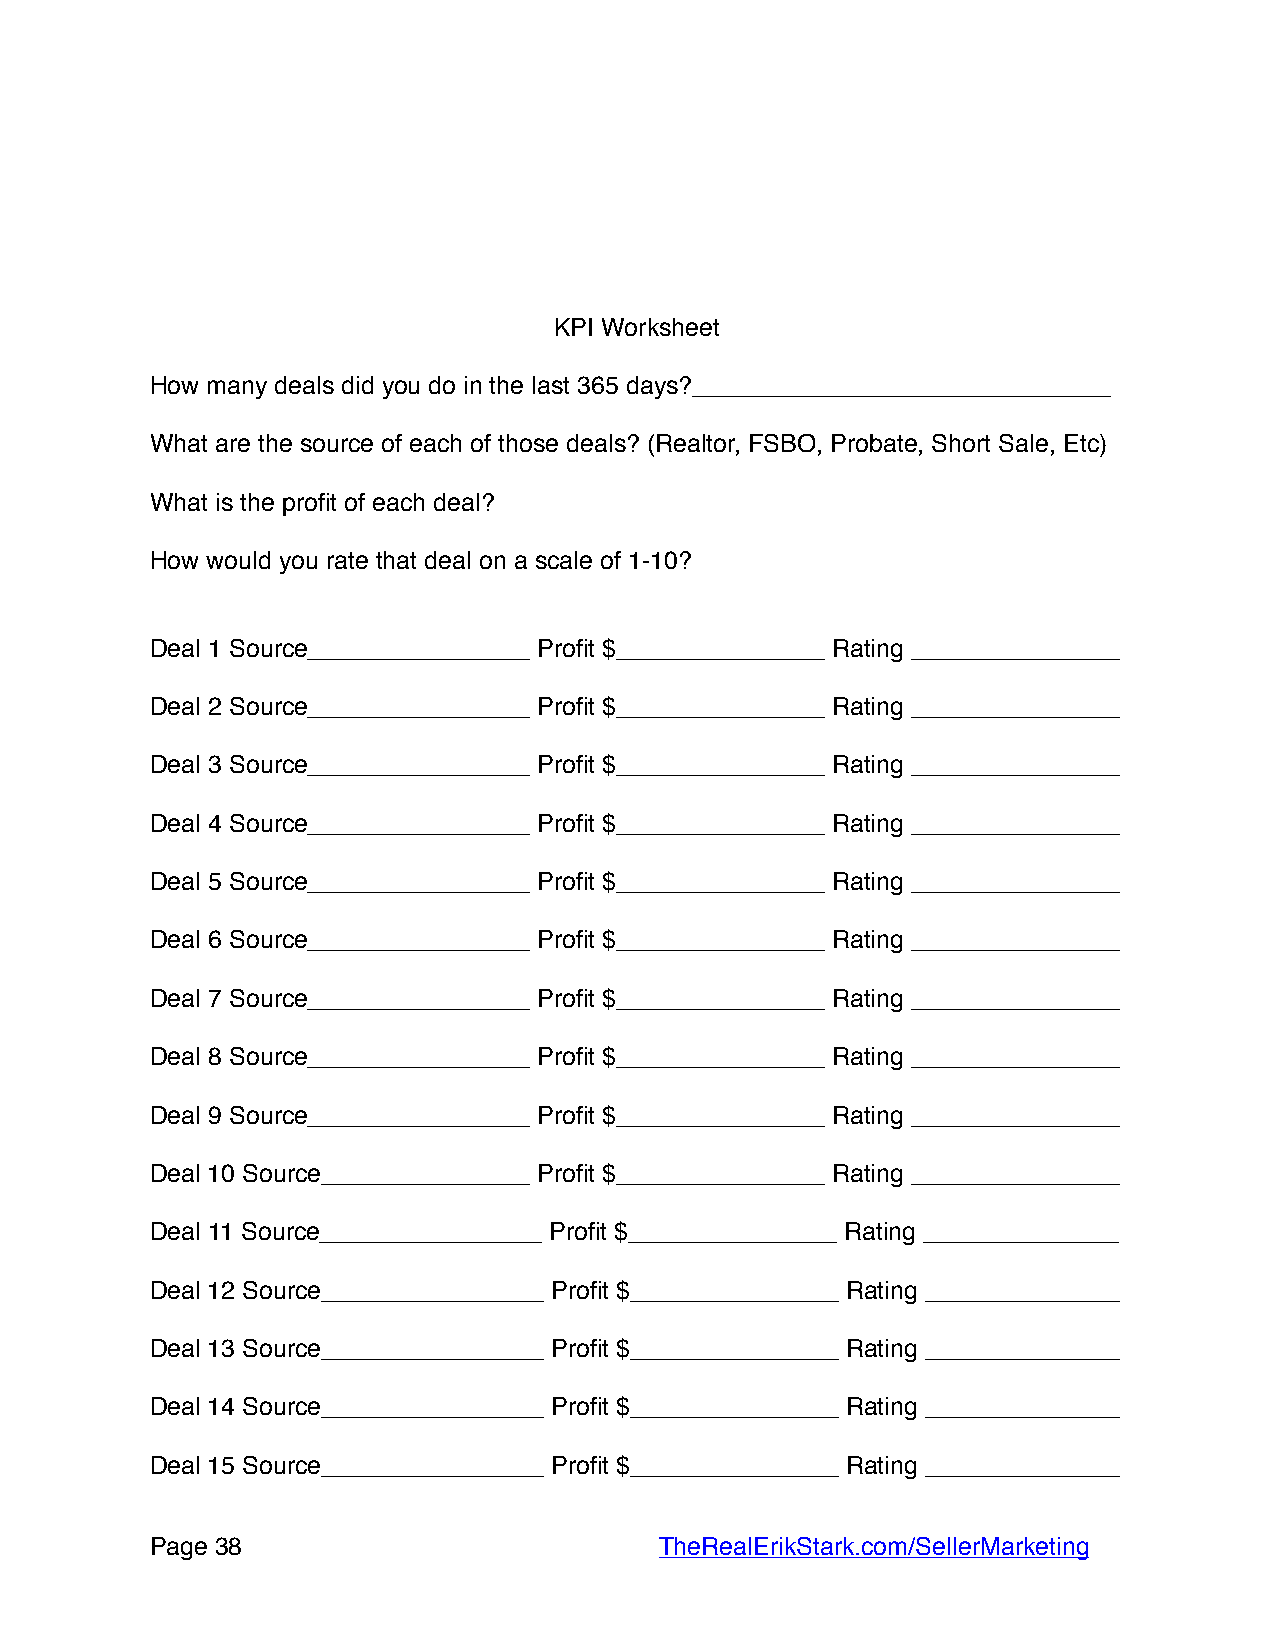
KPI Worksheet
 How many deals did you do in the last 365 days?______________________________
 What are the source of each of those deals? (Realtor, FSBO, Probate, Short Sale, Etc)
 What is the profit of each deal?
 How would you rate that deal on a scale of 1-10?
 Deal 1 Source________________ Profit $_______________ Rating _______________
 Deal 2 Source________________ Profit $_______________ Rating _______________
 Deal 3 Source________________ Profit $_______________ Rating _______________
 Deal 4 Source________________ Profit $_______________ Rating _______________
 Deal 5 Source________________ Profit $_______________ Rating _______________
 Deal 6 Source________________ Profit $_______________ Rating _______________
 Deal 7 Source________________ Profit $_______________ Rating _______________
 Deal 8 Source________________ Profit $_______________ Rating _______________
 Deal 9 Source________________ Profit $_______________ Rating _______________
 Deal 10 Source_______________ Profit $_______________ Rating _______________
 Deal 11 Source________________ Profit $_______________ Rating ______________
 Deal 12 Source________________ Profit $_______________ Rating ______________
 Deal 13 Source________________ Profit $_______________ Rating ______________
 Deal 14 Source________________ Profit $_______________ Rating ______________
 Deal 15 Source________________ Profit $_______________ Rating ______________
 Page 3 8                         TheRealErikStark.com/SellerMarketing